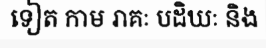
ទៀត កាម រាគៈ បដិឃៈ និង